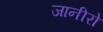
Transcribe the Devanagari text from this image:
जानीरो